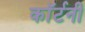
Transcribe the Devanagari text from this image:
काॅर्टनी